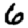
Digit: 6